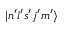
| n ^ { \prime } l ^ { \prime } s ^ { \prime } j ^ { \prime } m ^ { \prime } \rangle